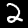
Digit: 2